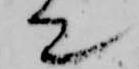
て